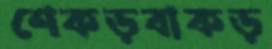
শেকড়বাকড়